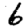
Digit: 6